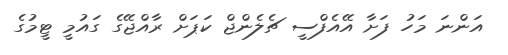
އަންނަ މަހު ފަށާ އޭއެފްސީ ޗެލެންޖް ކަޕަށް ރާއްޖޭގެ ގައުމީ ޓީމުގެ